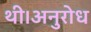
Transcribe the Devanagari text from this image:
थी।अनुरोध